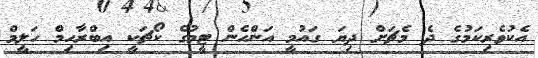
އެކުވެރިކަމުގެ ދެ މެޗަށް ދިޔަ ގައުމީ އަންހެން ޓީމުގެ ކޯޗަކީ އިބްރާހިމް ހަލީމް